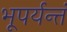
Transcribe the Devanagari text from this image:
भूपर्यन्तं